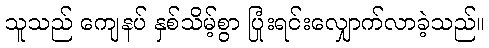
သူသည် ကျေနပ် နှစ်သိမ့်စွာ ပြုံးရင်းလျှောက်လာခဲ့သည်။